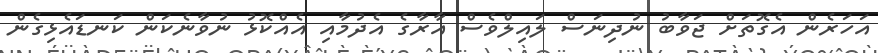
އަހަރެން އެގޮތަށް ޖަވާބު ނުދިނަސް ލައިލްވެސް އާރާގެ އެދުމާއި އެއްކޮޅު ނުވާނެކަން ކަނޑައެޅިގެން